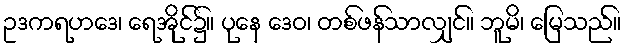
ဥဒကရဟဒေ၊ ရေအိုင်၌။ ပုနေ ဒေဝ၊ တစ်ဖန်သာလျှင်။ ဘူမိ၊ မြေသည်။